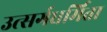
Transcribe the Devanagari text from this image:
उत्सर्गधर्मिता